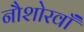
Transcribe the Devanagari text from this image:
नौशोरवाँ